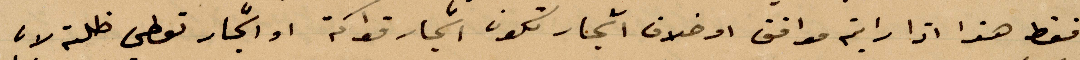
فقط هذا اذا رايتم موافق او خلاف أشجار تكون أشجار قوآمة او أشجار تعطي طلة لان